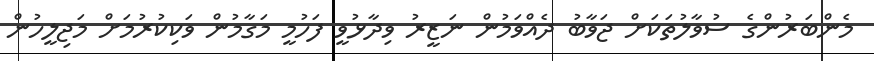
މެންބަރުންގެ ސުވާލުތަކަށް ޖަވާބު ދެއްވަމުން ނަޒީރު ވިދާޅުވީ ފަހުމީ މަގާމުން ވަކިކުރުމަށް މަޖިލީހުން